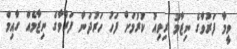
ވީމާ ފަރުވާގެ ނިޒާމު ރިވިއު ކުރުމަށް ފަހު ހަރުދަނާ ފަރުވާގެ ނިޒާމެއް ގާއިމް